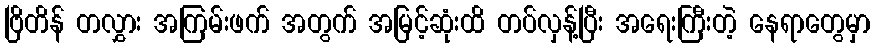
ဗြိတိန် တလွှား အကြမ်းဖက် အတွက် အမြင့်ဆုံးထိ တပ်လှန့်ပြီး အရေးကြီးတဲ့ နေရာတွေမှာ